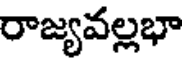
రాజ్యవల్లభా